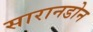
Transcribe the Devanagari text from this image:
सारानडोन